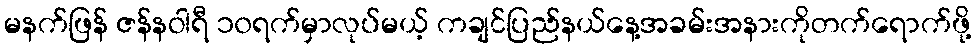
မနက်ဖြန် ဇန်နဝါရီ ၁၀ရက်မှာလုပ်မယ့် ကချင်ပြည်နယ်နေ့အခမ်းအနားကိုတက်ရောက်ဖို့